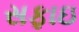
સફાઇ